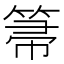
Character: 箒